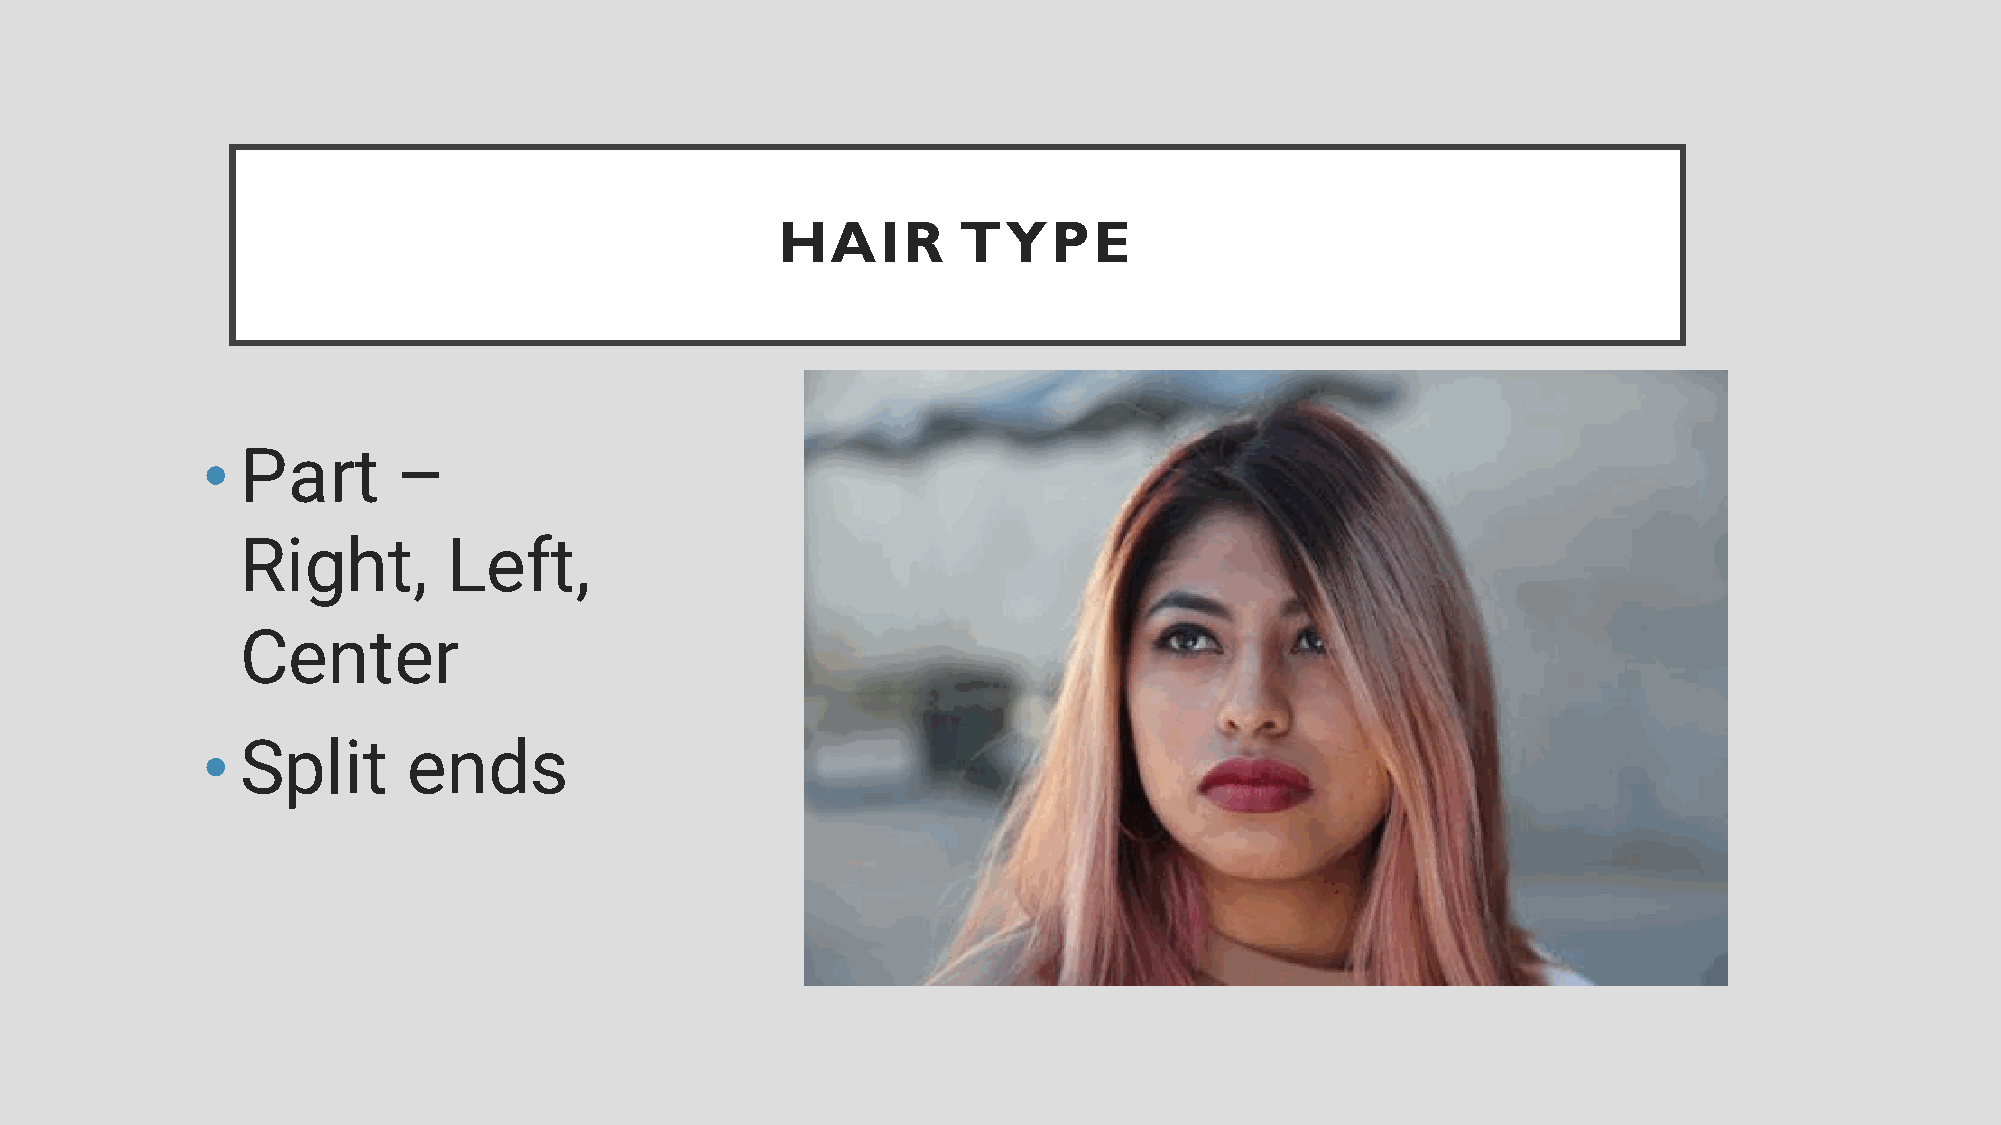
HAIR        TYPE
 •  Part      –
 Right,        Left,
 Center
 •  Split      ends